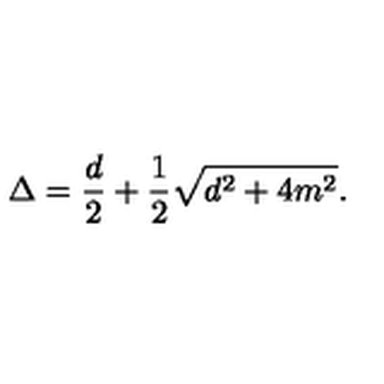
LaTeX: \Delta = \frac { d } { 2 } + \frac { 1 } { 2 } \sqrt { d ^ { 2 } + 4 m ^ { 2 } } .